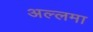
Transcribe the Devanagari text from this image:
अल्‍लमा